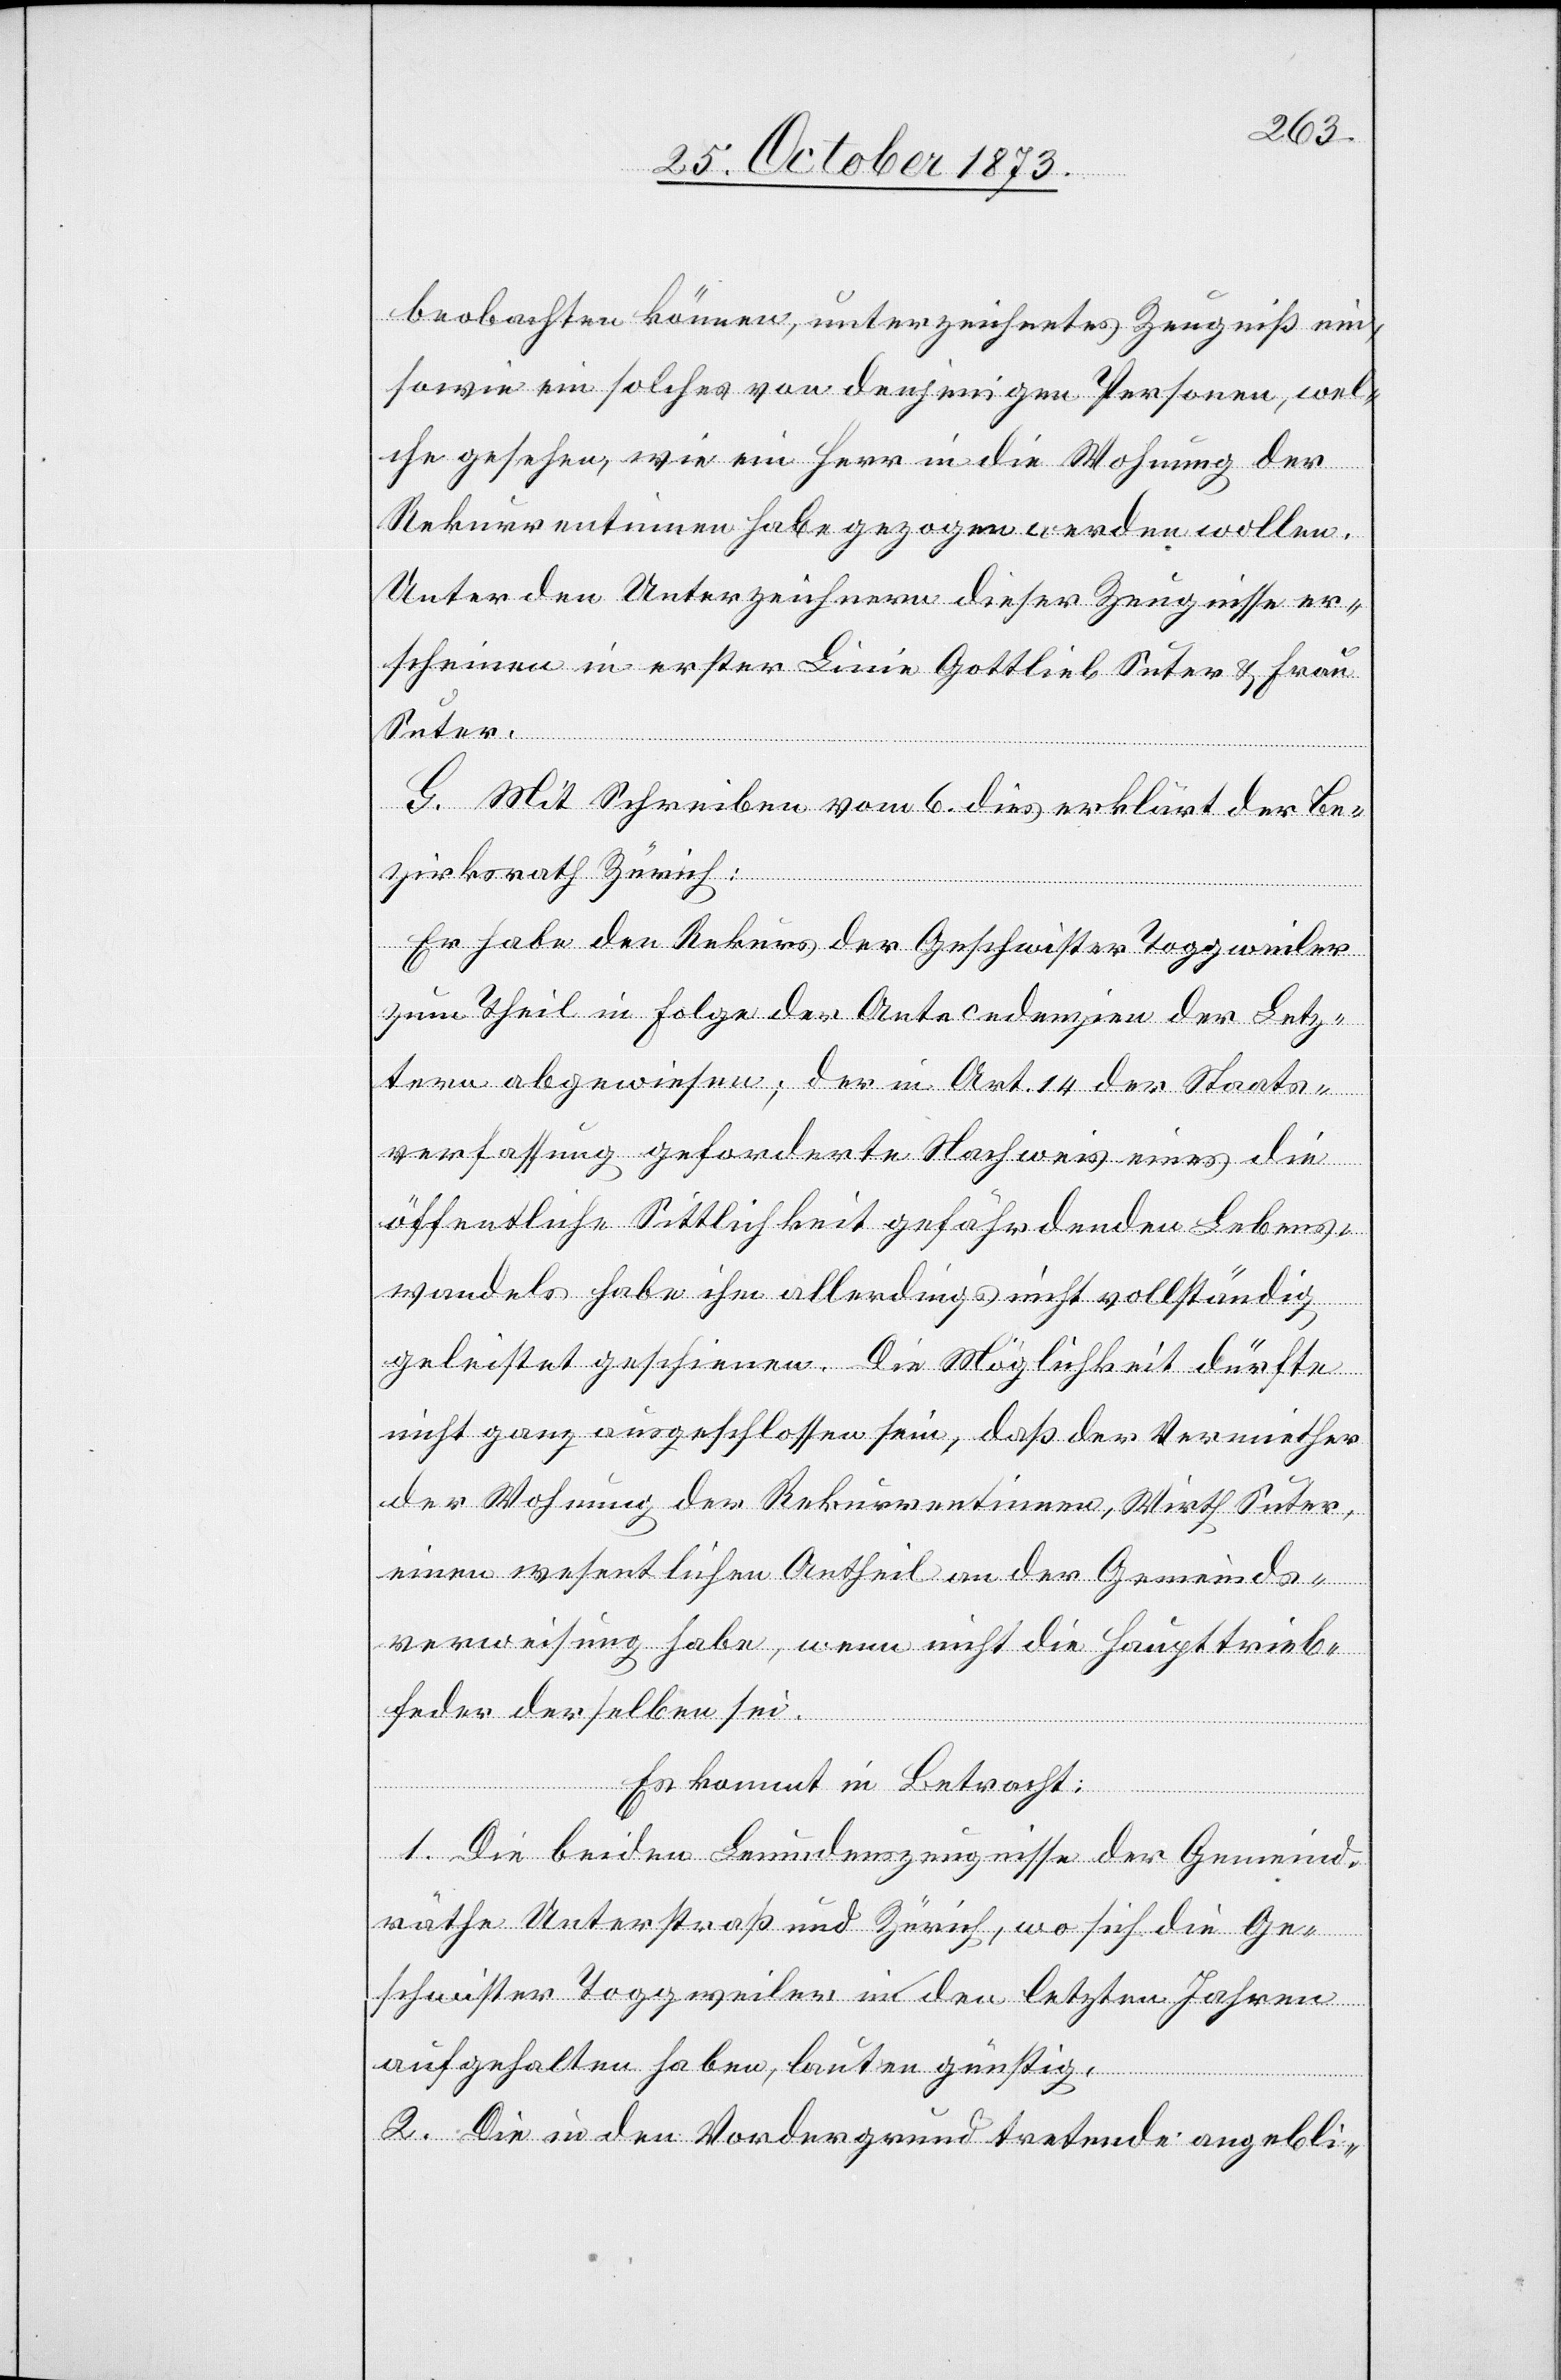
beobachten können, unterzeichnetes Zeugniß ein,
sowie ein solches von denjenigen Personen, wel¬
che gesehen, wie ein Herr in die Wohnung der
Rekurrentinnen habe gezogen werden wollen.
Unter den Unterzeichnern dieser Zeugnisse er¬
scheinen in erster Linie Gottlieb Suter & Frau
Suter.
G. Mit Schreiben vom 6. dies erklärt der Be¬
zirksrath Zürich:
Er habe den Rekurs der Geschwister Toggweiler
zum Theil in Folge der Antecedenzien der Letz¬
tern abgewiesen; der in Art. 14 der Staats¬
verfassung geforderte Nachweis eines die
öffentliche Sittlichkeit gefährdenden Lebens¬
wandels habe ihm allerdings nicht vollständig
geleistet geschienen. Die Möglichkeit dürfte
nicht ganz ausgeschlossen sein, daß der Vermiether
der Wohnung der Rekurentinnen, Wirth Suter,
einen wesentlichen Antheil an der Gemeinds¬
verweisung habe, wenn nicht die Haupttrieb¬
feder derselben sei.
Es kommt in Betracht:
1. Die beiden Leumdenszeugnisse der Gemeind¬
räthe Unterstraß und Zürich, wo sich die Ge¬
schwister Toggweiler in den letzten Jahren
aufgehalten haben, lauten günstig.
2. Die in den Vordergrund tretende angebli-